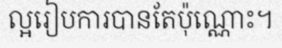
ល្អរៀបការបានតែប៉ុណ្ណោះ។